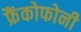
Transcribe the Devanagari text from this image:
फ्रैंकोफोनी